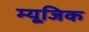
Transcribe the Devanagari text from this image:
म्‍यूजि़क